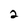
Character: 2